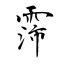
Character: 霈